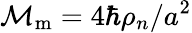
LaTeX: \mathcal{M}_{\mathrm{m}}={{4\hbar\rho_{n}}/{a^{2}}}